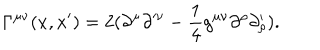
LaTeX: \Gamma ^ { \mu \nu } ( x , x ^ { \prime } ) = 2 ( \partial ^ { \mu } \partial ^ { \prime \nu } - \frac { 1 } { 4 } g ^ { \mu \nu } \partial ^ { \rho } \partial _ { \rho } ^ { \prime } ) .